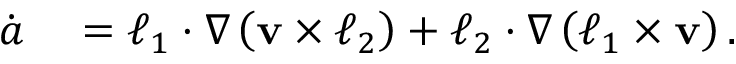
\begin{array} { r l } { \dot { \boldsymbol { a } } } & { { } = \boldsymbol { \ell } _ { 1 } \cdot \nabla \left( \mathbf { v } \times \boldsymbol { \ell } _ { 2 } \right) + \boldsymbol { \ell } _ { 2 } \cdot \nabla \left( \boldsymbol { \ell } _ { 1 } \times \mathbf { v } \right) . } \end{array}